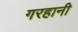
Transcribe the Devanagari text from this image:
गरहानी